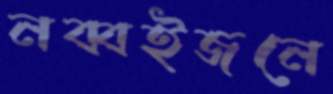
নব্বইজনে